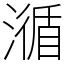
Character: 㵌